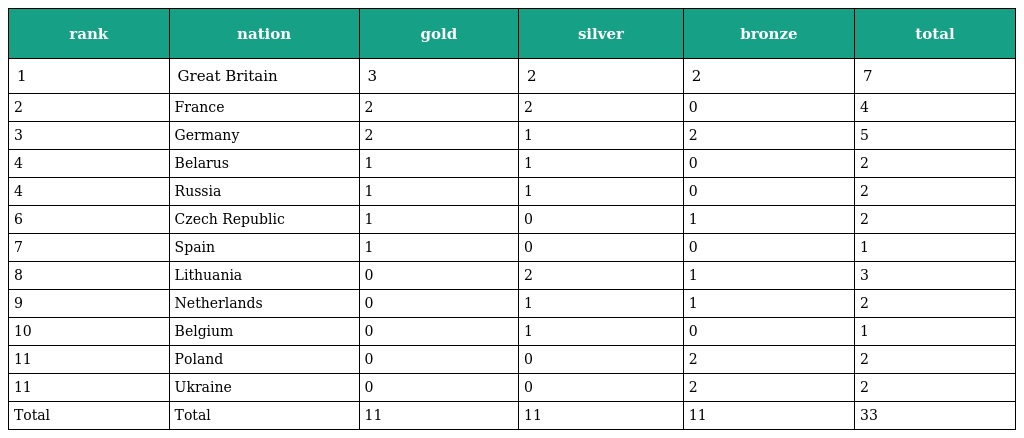
| rank | nation | gold | silver | bronze | total |
 | --- | --- | --- | --- | --- | --- |
 | 1 | Great Britain | 3 | 2 | 2 | 7 |
 | 2 | France | 2 | 2 | 0 | 4 |
 | 3 | Germany | 2 | 1 | 2 | 5 |
 | 4 | Belarus | 1 | 1 | 0 | 2 |
 | 4 | Russia | 1 | 1 | 0 | 2 |
 | 6 | Czech Republic | 1 | 0 | 1 | 2 |
 | 7 | Spain | 1 | 0 | 0 | 1 |
 | 8 | Lithuania | 0 | 2 | 1 | 3 |
 | 9 | Netherlands | 0 | 1 | 1 | 2 |
 | 10 | Belgium | 0 | 1 | 0 | 1 |
 | 11 | Poland | 0 | 0 | 2 | 2 |
 | 11 | Ukraine | 0 | 0 | 2 | 2 |
 | Total | Total | 11 | 11 | 11 | 33 |